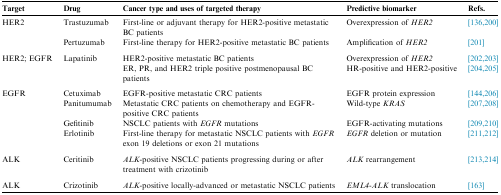
<table><thead><tr><td><b>Target</b></td><td><b>Drug</b></td><td><b>Cancer type and uses of targeted therapy</b></td><td><b>Predictive biomarker</b></td><td><b>Refs.</b></td></tr></thead><tbody><tr><td rowspan="2">HER2</td><td>Trastuzumab</td><td>First-line or adjuvant therapy for HER2-positive metastatic BC patients</td><td>Overexpression of <i>HER2</i></td><td>[136], [200]</td></tr><tr><td>Pertuzumab</td><td>First-line therapy for HER2-positive metastatic BC patients</td><td>Amplification of <i>HER2</i></td><td>[201]</td></tr><tr><td colspan="5">  </td></tr><tr><td rowspan="2">HER2; EGFR</td><td rowspan="2">Lapatinib</td><td>HER2-positive metastatic BC patients</td><td>Overexpression of <i>HER2</i></td><td>[202], [203]</td></tr><tr><td>ER, PR, and HER2 triple positive postmenopausal BC patients</td><td>HR-positive and HER2-positive</td><td>[204], [205]</td></tr><tr><td colspan="5">  </td></tr><tr><td rowspan="4">EGFR</td><td>Cetuximab</td><td>EGFR-positive metastatic CRC patients</td><td>EGFR protein expression</td><td>[144], [206]</td></tr><tr><td>Panitumumab</td><td>Metastatic CRC patients on chemotherapy and EGFR-positive CRC patients</td><td>Wild-type <i>KRAS</i></td><td>[207], [208]</td></tr><tr><td>Gefitinib</td><td>NSCLC patients with <i>EGFR</i> mutations</td><td>EGFR-activating mutations</td><td>[209], [210]</td></tr><tr><td>Erlotinib</td><td>First-line therapy for metastatic NSCLC patients with <i>EGFR</i> exon 19 deletions or exon 21 mutations</td><td><i>EGFR</i> deletion or mutation</td><td>[211], [212]</td></tr><tr><td colspan="5">  </td></tr><tr><td>ALK</td><td>Ceritinib</td><td><i>ALK</i>-positive NSCLC patients progressing during or after treatment with crizotinib</td><td><i>ALK</i> rearrangement</td><td>[213], [214]</td></tr><tr><td colspan="5">  </td></tr><tr><td>ALK</td><td>Crizotinib</td><td><i>ALK</i>-positive locally-advanced or metastatic NSCLC patients</td><td><i>EML4-ALK</i> translocation</td><td>[163]</td></tr></tbody></table>